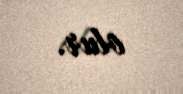
olur.